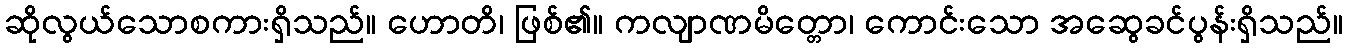
ဆိုလွယ်သောစကားရှိသည်။ ဟောတိ၊ ဖြစ်၏။ ကလျာဏမိတ္တော၊ ကောင်းသော အဆွေခင်ပွန်းရှိသည်။